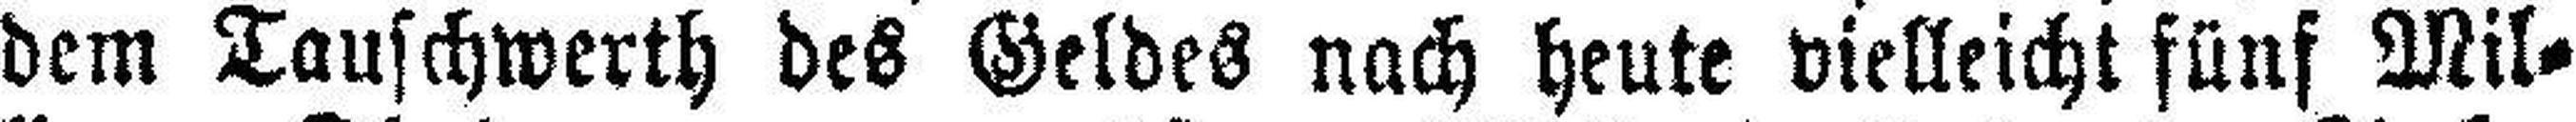
dem Tauschwerth des Geldes nach heute vielleicht fünf Mil¬